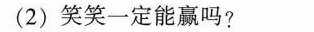
(2)笑笑一定能赢吗?